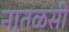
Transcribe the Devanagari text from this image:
नातळसी